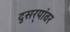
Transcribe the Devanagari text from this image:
दुसर्‍यांवर